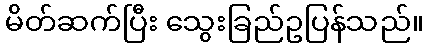
မိတ်ဆက်ပြီး သွေးခြည်ဥပြန်သည်။